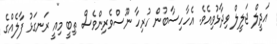
އަދީލް ޖަލީލް ވިދާޅުވިއެވެ. އެހާހިސާބުން ހުރިހާ ނޫސްވެރިންވެސް ތިބީ މިއީ ރަނގަޅު ފާލެއްގެ